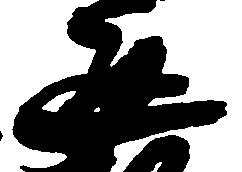
通